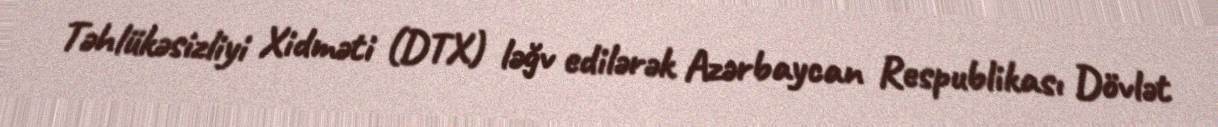
Təhlükəsizliyi Xidməti (DTX) ləğv edilərək Azərbaycan Respublikası Dövlət